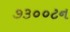
૭૩૦૦ટન